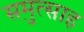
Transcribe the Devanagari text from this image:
समुत्साह